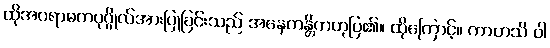
ထိုအပရာဓကပုဂ္ဂိုလ်အားပြုခြင်းသည် အနေကန္တိကဟုပြ၏။ ထိုကြောင့်။ ကာဟသိ ဝါ